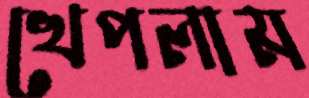
খেপলাম